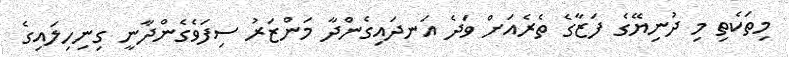
މިތަކެތި މި ދުނިޔޭގެ ފަޒާގެ ތެރެއަށް ވަދެ އަނދައިގެންދާ މަންޒަރު ސިފަވެގެންދާނީ ގިނިހިލައިގެ